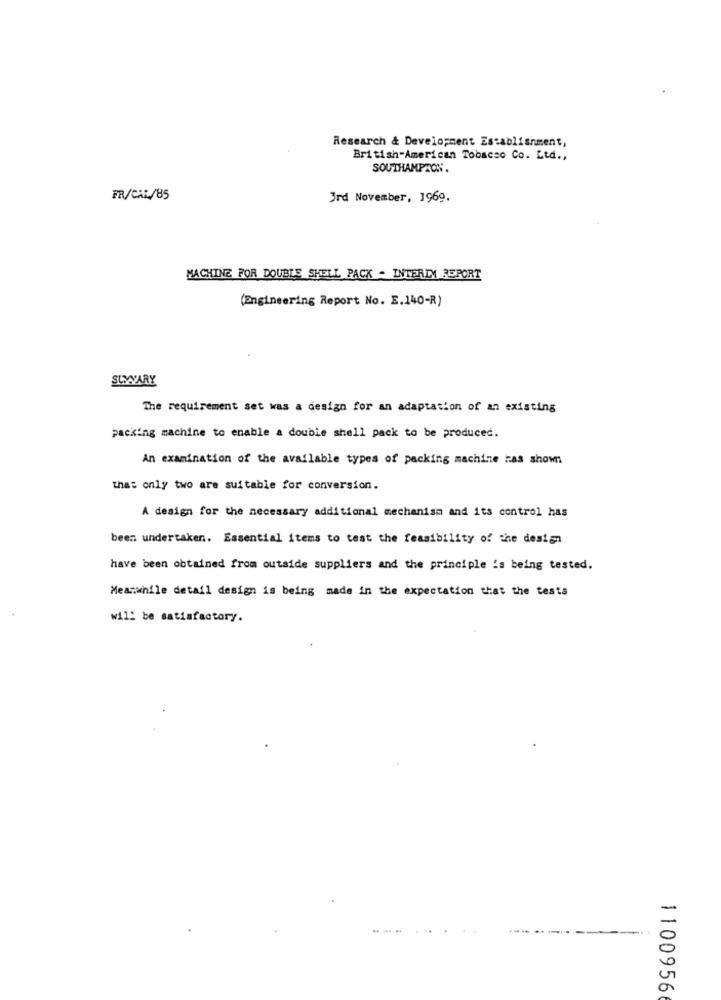
Research & Development Establishment,
British-American Tobacco Co. Ltd .,
SOUTHAMPTON.
FR/CAL/85
3rd November, 1969.
MACHINE FOR DOUBLE SHELL PACK - INTERIM REPORT
(Engineering Report No. E.140-R)
SUMVARY
The requirement set was a design for an adaptation of an existing
packing machine to enable a doubie shell pack to be produced.
An examination of the available types of packing machine has shown
that only two are suitable for conversion.
A design for the necessary additional mechanism and its control has
been undertaken. Essential items to test the feasibility of the design
have been obtained from outside suppliers and the principle is being tested.
Meanwhile detail design is being made in the expectation that the tests
will be satisfactory.
1100956